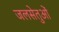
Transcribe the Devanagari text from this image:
जलसेतुओं